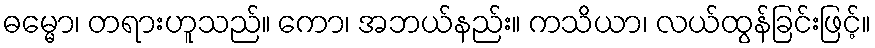
ဓမ္မော၊ တရားဟူသည်။ ကော၊ အဘယ်နည်း။ ကသိယာ၊ လယ်ထွန်ခြင်းဖြင့်။